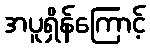
အပူရှိန်ကြောင့်